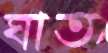
ঘাত